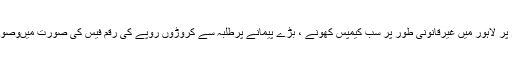
ملزمان پرمبینہ طور پر لاہور میں غیرقانونی طور پر سب کیمپس کھونے ، بڑے پیمانے پرطلبہ سے کروڑوں روپے کی رقم فیس کی صورت میںوصول کرنے کاالزام ہے۔